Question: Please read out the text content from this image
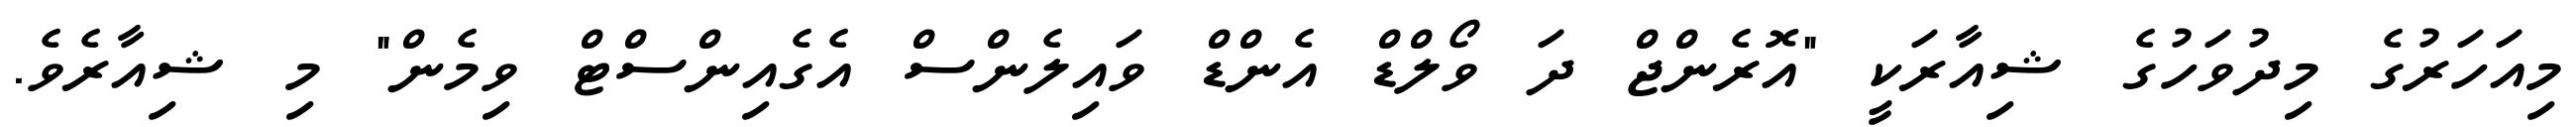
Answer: މިއަހަރުގެ މިދުވަހުގެ ޝިއާރަކީ "އޮރެންޖް ދަ ވޯލްޑް އެންޑް ވައިލެންސް އެގެއިންސްޓް ވިމެން" މި ޝިއާރެވެ.